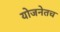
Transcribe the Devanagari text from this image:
योजनेतच